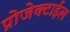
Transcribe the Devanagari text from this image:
प्रोजेक्टाईल